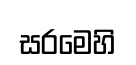
සරමෙහි